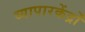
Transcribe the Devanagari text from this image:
व्यापारकेंद्रों